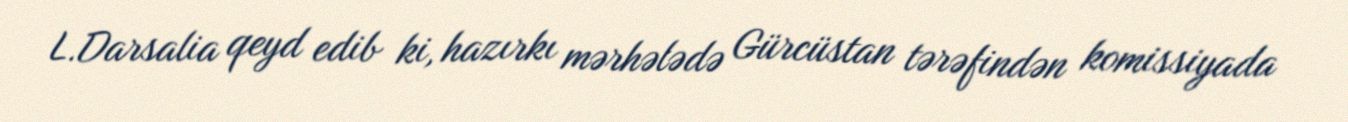
L.Darsalia qeyd edib ki, hazırkı mərhələdə Gürcüstan tərəfindən komissiyada